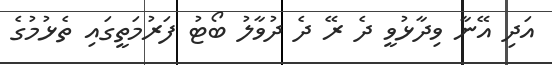
އަދި އޭނާ ވިދާޅުވީ ދެ ރޭ ދެ ދުވާލު ބޯޓު ފަރުމަތީގައި ތެޅުމުގެ